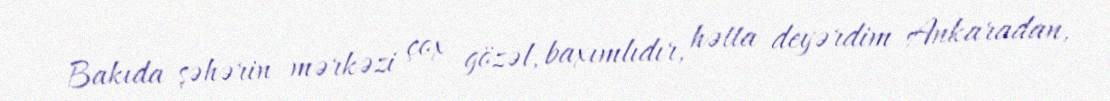
Bakıda şəhərin mərkəzi çox gözəl, baxımlıdır, hətta deyərdim Ankaradan,